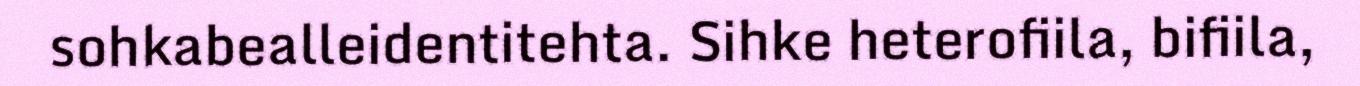
sohkabealleidentitehta. Sihke heterofiila, bifiila,